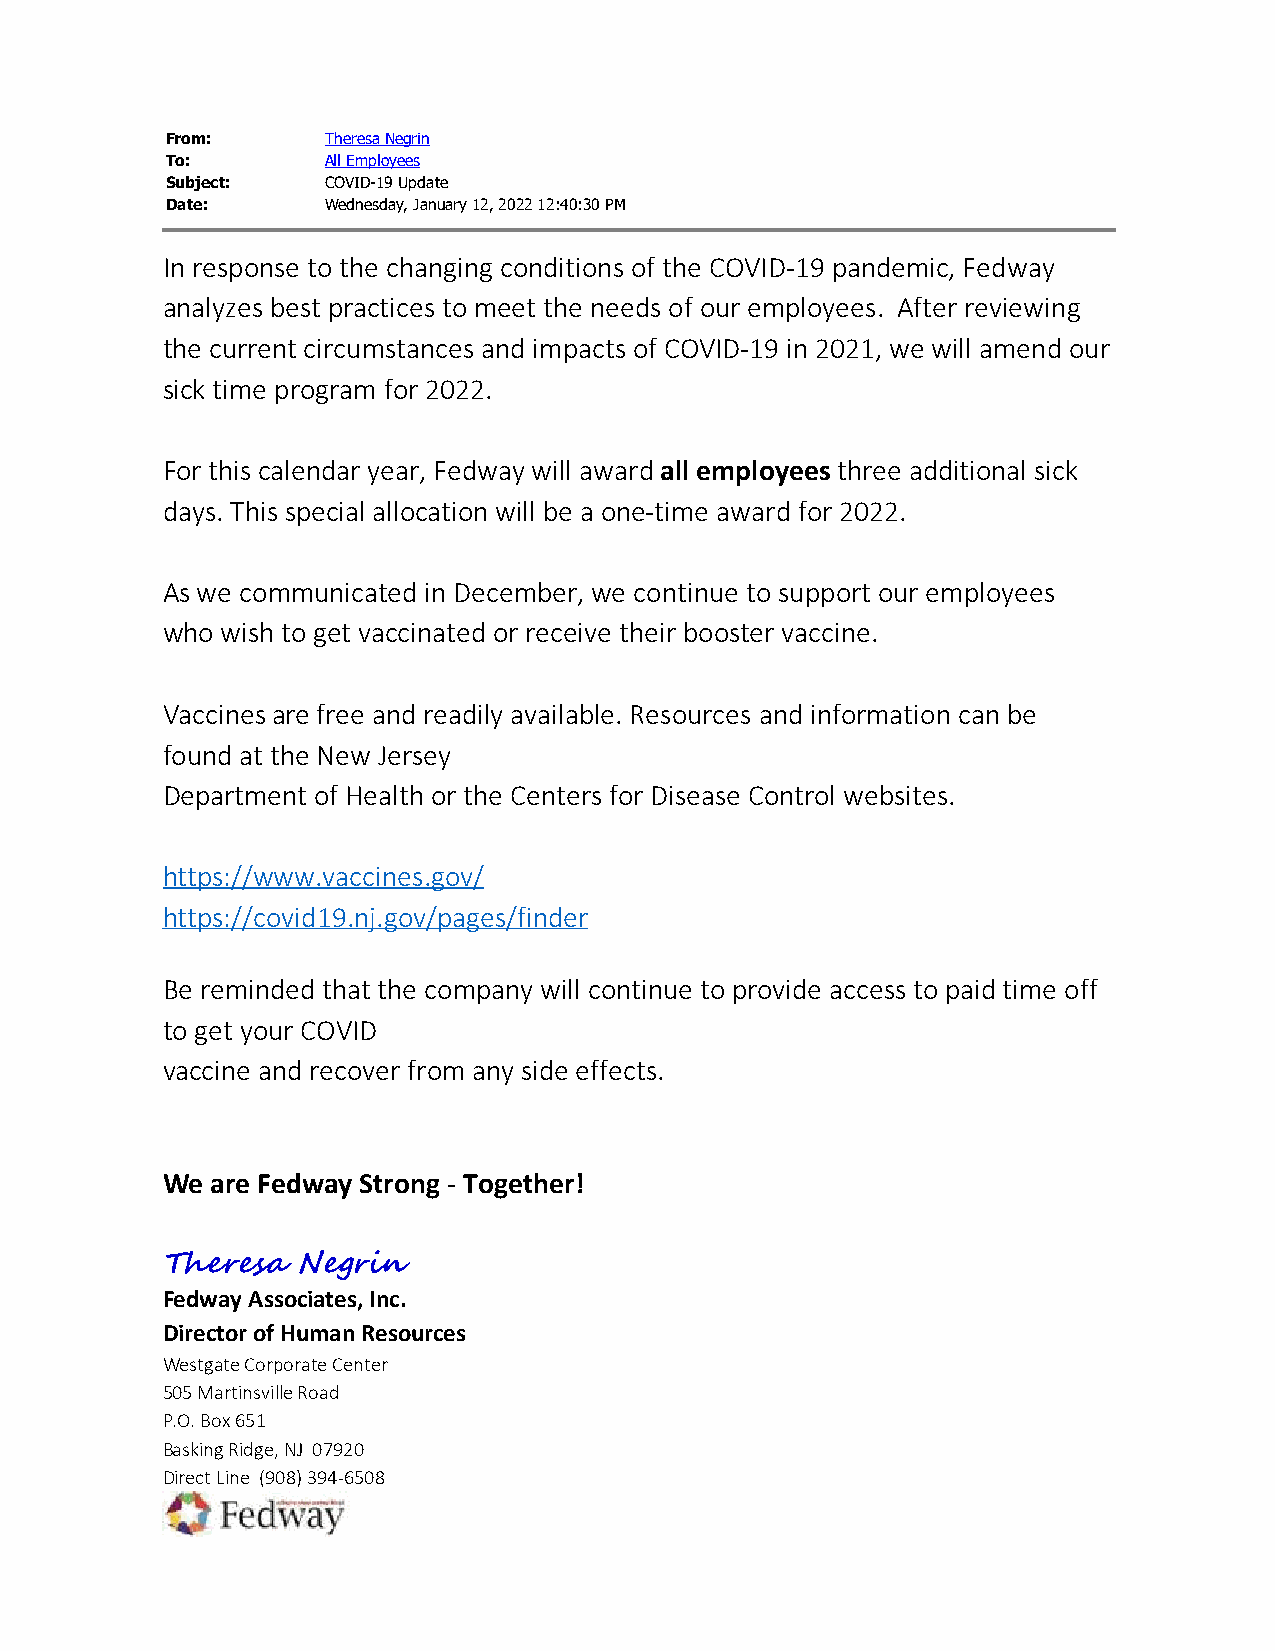
From:      Theresa Negrin
 To:        All Employees
 Subject:   COVID-19 Update
 Date:      Wednesday, January 12, 2022 12:40:30 PM
 In response to the changing conditions of the COVID-19 pandemic, Fedway
 analyzes best practices to meet the needs of our employees. After reviewing
 the current circumstances and impacts of COVID-19 in 2021, we will amend our
 sick time program for 2022.
 For this calendar year, Fedway will award all employees three additional sick
 days. This special allocation will be a one-time award for 2022.
 As we communicated in December, we continue to support our employees
 who wish to get vaccinated or receive their booster vaccine.
 Vaccines are free and readily available. Resources and information can be
 found at the New Jersey
 Department of Health or the Centers for Disease Control websites.
 https://www.vaccines.gov/
 https://covid19.nj.gov/pages/finder
 Be reminded that the company will continue to provide access to paid time off
 to get your COVID
 vaccine and recover from any side effects.
 We are Fedway Strong - Together!
 Theresa  Negrin
 Fedway Associates, Inc.
 Director of Human Resources
 Westgate Corporate Center
 505 Martinsville Road
 P.O. Box 651
 Basking Ridge, NJ 07920
 Direct Line (908) 394-6508